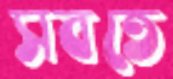
সবতে